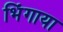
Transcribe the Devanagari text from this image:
भिंगाया